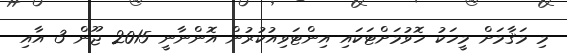
މި މަޤާމަށް މީހަކު ހޮވުމަށްޓަކައި އިންޓަވިއުކުރުން އޮންނާނީ 2015 ޖޫން 3 އާއި